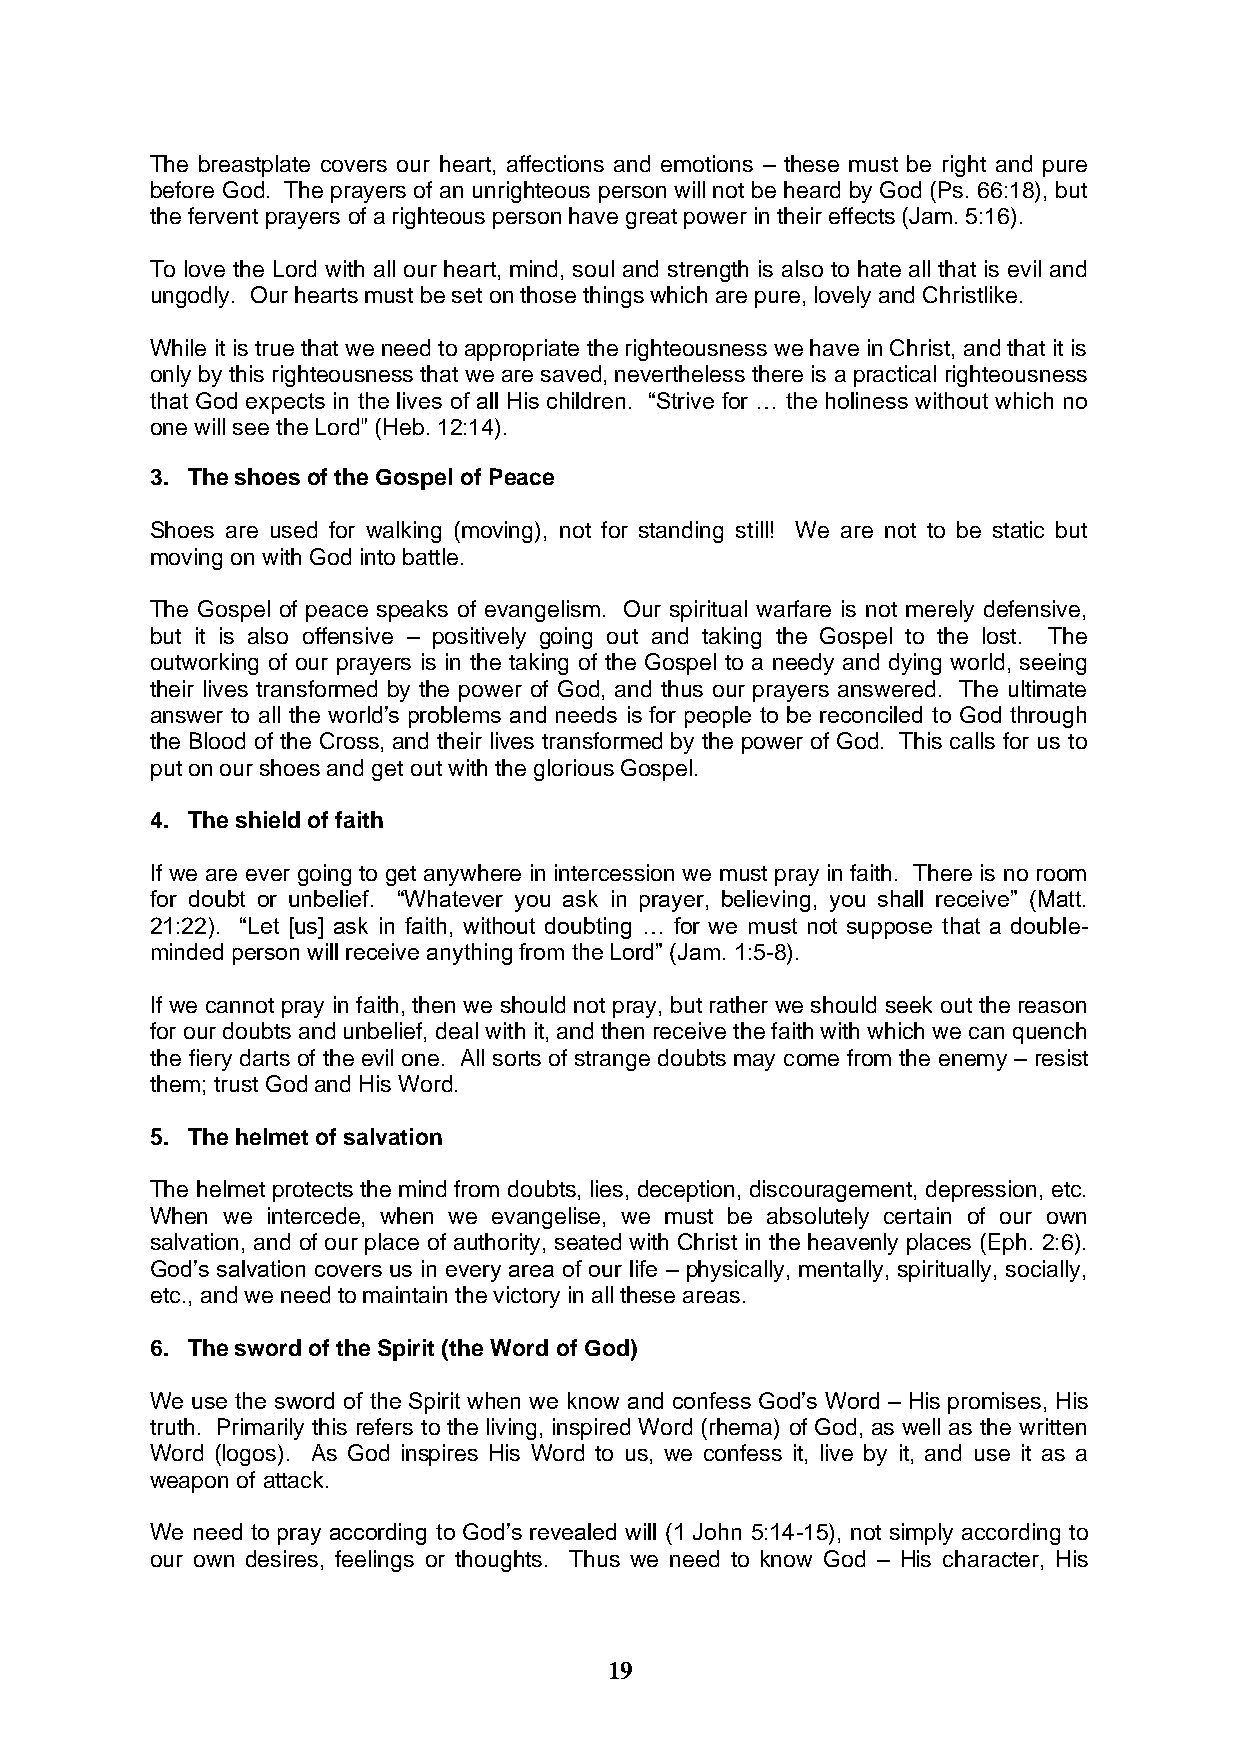
The breastplate covers our heart, affections and emotions – these must be right and pure
 before God. The prayers of an unrighteous person will not be heard by God (Ps. 66:18), but
 the fervent prayers of a righteous person have great power in their effects (Jam. 5:16).
 To love the Lord with all our heart, mind, soul and strength is also to hate all that is evil and
 ungodly. Our hearts must be set on those things which are pure, lovely and Christlike.
 While it is true that we need to appropriate the righteousness we have in Christ, and that it is
 only by this righteousness that we are saved, nevertheless there is a practical righteousness
 that God expects in the lives of all His children. “Strive for … the holiness without which no
 one will see the Lord" (Heb. 12:14).
 3. The shoes of the Gospel of Peace
 Shoes are used for walking (moving), not for standing still! We are not to be static but
 moving on with God into battle.
 The Gospel of peace speaks of evangelism. Our spiritual warfare is not merely defensive,
 but it is also offensive – positively going out and taking the Gospel to the lost. The
 outworking of our prayers is in the taking of the Gospel to a needy and dying world, seeing
 their lives transformed by the power of God, and thus our prayers answered. The ultimate
 answer to all the world’s problems and needs is for people to be reconciled to God through
 the Blood of the Cross, and their lives transformed by the power of God. This calls for us to
 put on our shoes and get out with the glorious Gospel.
 4. The shield of faith
 If we are ever going to get anywhere in intercession we must pray in faith. There is no room
 for doubt or unbelief. “Whatever you ask in prayer, believing, you shall receive” (Matt.
 21:22). “Let [us] ask in faith, without doubting … for we must not suppose that a double-
 minded person will receive anything from the Lord” (Jam. 1:5-8).
 If we cannot pray in faith, then we should not pray, but rather we should seek out the reason
 for our doubts and unbelief, deal with it, and then receive the faith with which we can quench
 the fiery darts of the evil one. All sorts of strange doubts may come from the enemy – resist
 them; trust God and His Word.
 5. The helmet of salvation
 The helmet protects the mind from doubts, lies, deception, discouragement, depression, etc.
 When we intercede, when we evangelise, we must be absolutely certain of our own
 salvation, and of our place of authority, seated with Christ in the heavenly places (Eph. 2:6).
 God’s salvation covers us in every area of our life – physically, mentally, spiritually, socially,
 etc., and we need to maintain the victory in all these areas.
 6. The sword of the Spirit (the Word of God)
 We use the sword of the Spirit when we know and confess God’s Word – His promises, His
 truth. Primarily this refers to the living, inspired Word (rhema) of God, as well as the written
 Word (logos). As God inspires His Word to us, we confess it, live by it, and use it as a
 weapon of attack.
 We need to pray according to God’s revealed will (1 John 5:14-15), not simply according to
 our own desires, feelings or thoughts. Thus we need to know God – His character, His
 19